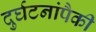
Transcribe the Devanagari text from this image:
दुर्घटनांपैकी